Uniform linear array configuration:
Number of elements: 64
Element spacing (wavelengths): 1
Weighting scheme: blackman
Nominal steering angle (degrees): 0
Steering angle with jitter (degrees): -1.144
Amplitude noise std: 0.05
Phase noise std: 0.05

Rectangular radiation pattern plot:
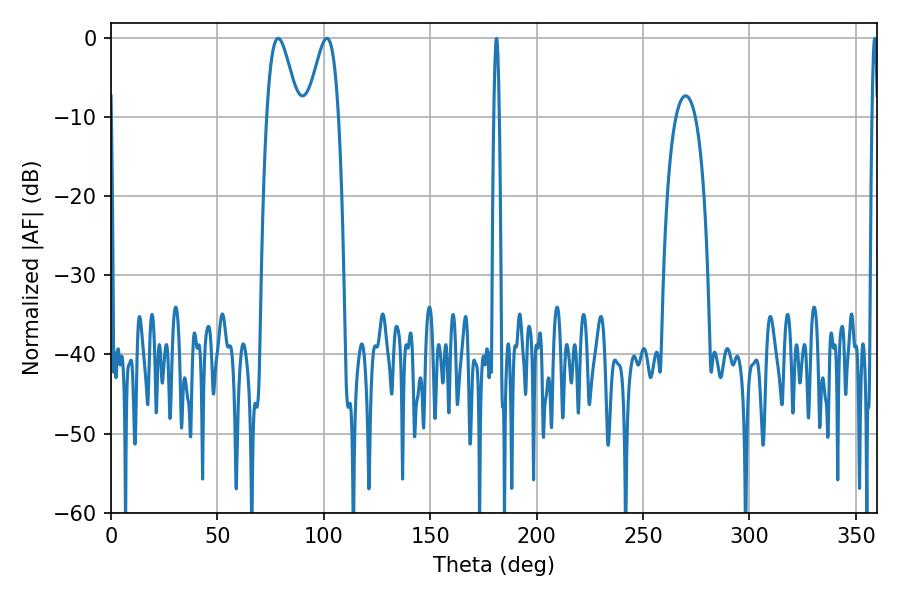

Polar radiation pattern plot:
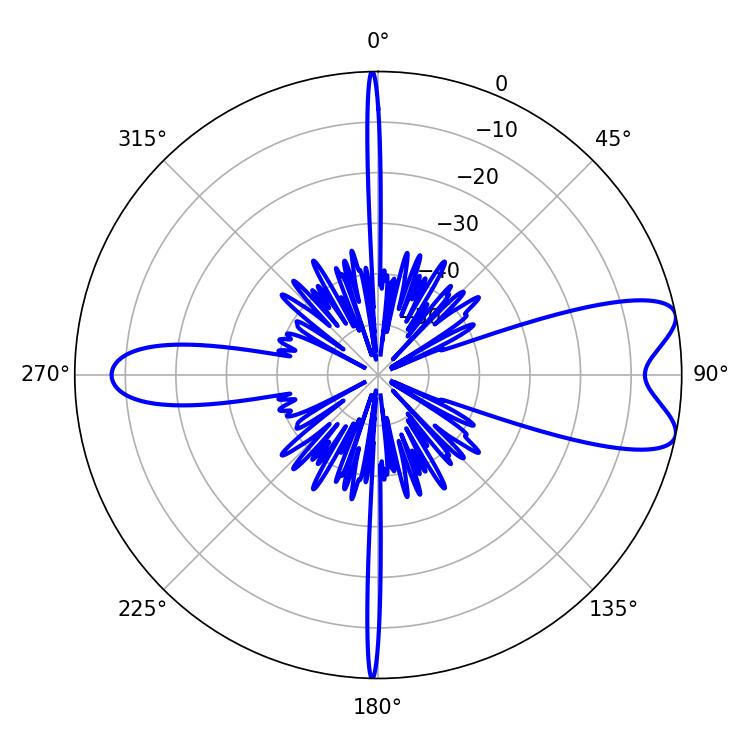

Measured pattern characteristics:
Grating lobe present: TRUE
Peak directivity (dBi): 8.61
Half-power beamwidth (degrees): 7.74
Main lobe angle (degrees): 78.48